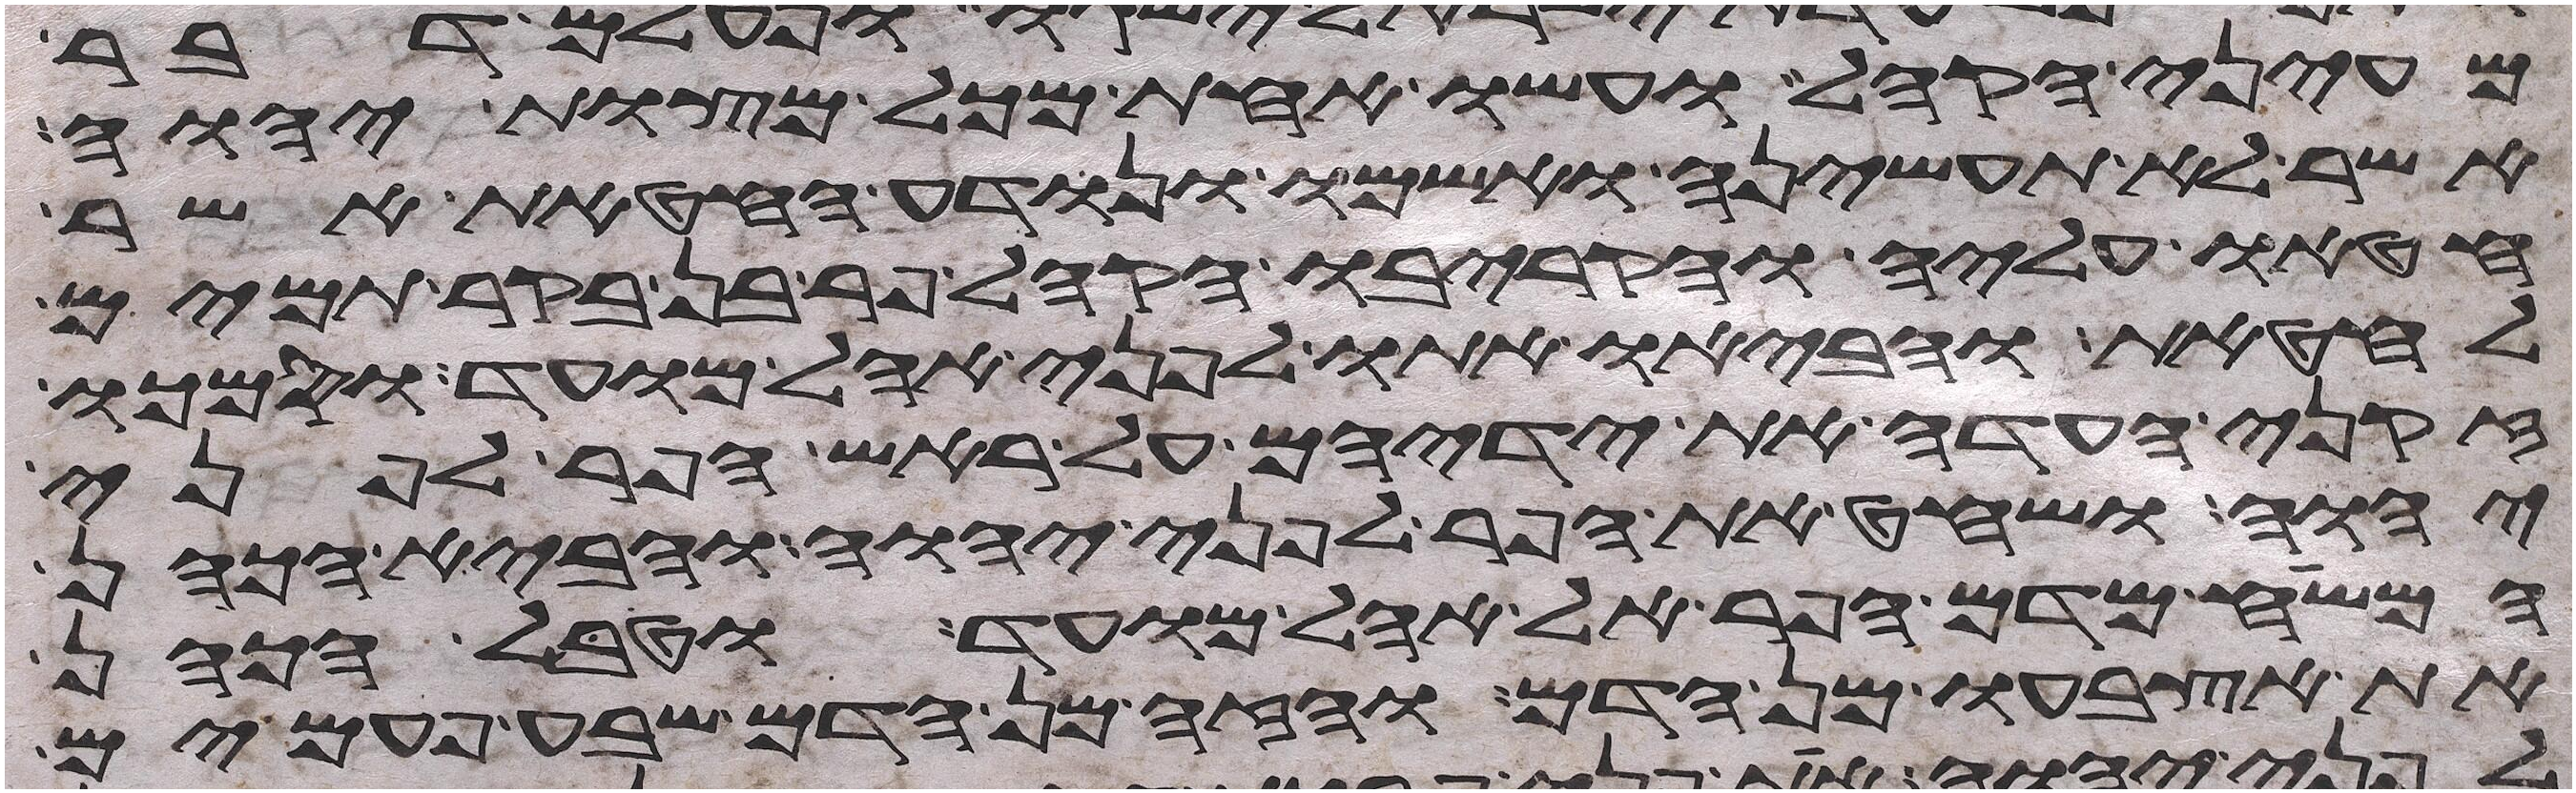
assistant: מעיני הקהל ועשו אחת מכל מצות יהוה
אשר לא תעשיהן ואשמו ונודע החטאת אשר
חטאו עליה והקריבו הקהל פר בן בקר תמים
לחטאת והביאו אתו לפני אהל מועד וסמכו
זקני העדה את ידיהם על ראש הפר לפני
יהוה ושחט את הפר לפני יהוה והביא הכהן
המשיח מדם הפר אל אהל מועד וטבל הכהן
את אצבעו מן הדם והזה מן הדם שבע פעמים